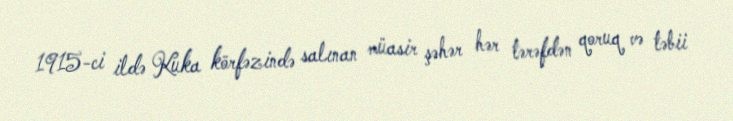
1915-ci ildə Kuka körfəzində salınan müasir şəhər hər tərəfdən qoruq və təbii